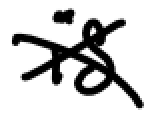
Text: is
Cross-out: cross
Writing tool: digital_black